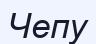
Чепу